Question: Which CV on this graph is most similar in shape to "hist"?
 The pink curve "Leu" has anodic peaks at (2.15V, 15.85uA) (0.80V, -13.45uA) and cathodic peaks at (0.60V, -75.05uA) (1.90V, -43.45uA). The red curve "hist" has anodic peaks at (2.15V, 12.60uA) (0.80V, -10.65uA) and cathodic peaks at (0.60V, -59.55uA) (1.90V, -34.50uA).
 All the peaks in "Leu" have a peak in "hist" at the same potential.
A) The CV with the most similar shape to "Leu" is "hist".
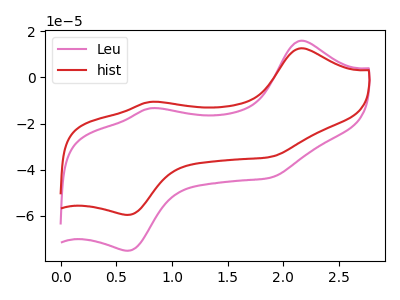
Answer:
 <answer>A) The CV with the most similar shape to "Leu" is "hist".</answer>
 <eval>A</eval>